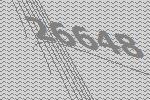
26648